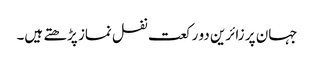
جہان پر زائرین دو رکعت نفل نماز پڑھتے ہیں۔